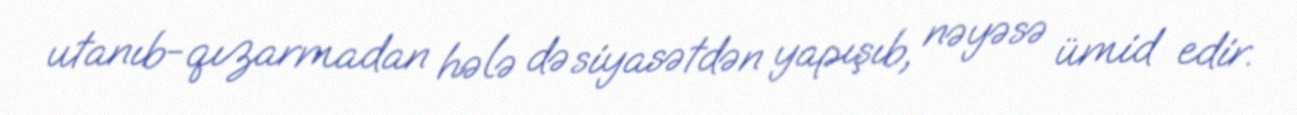
utanıb-qızarmadan hələ də siyasətdən yapışıb, nəyəsə ümid edir.